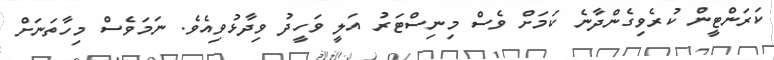
ކަރަންޓީން ކުރެވިގެންދާނެ ކަމަށް ވެސް މިނިސްޓަރު އަލީ ވަހީދު ވިދާޅުވިއެވެ. ނަމަވެސް މިހާތަނަށް